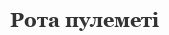
Рота пулеметі